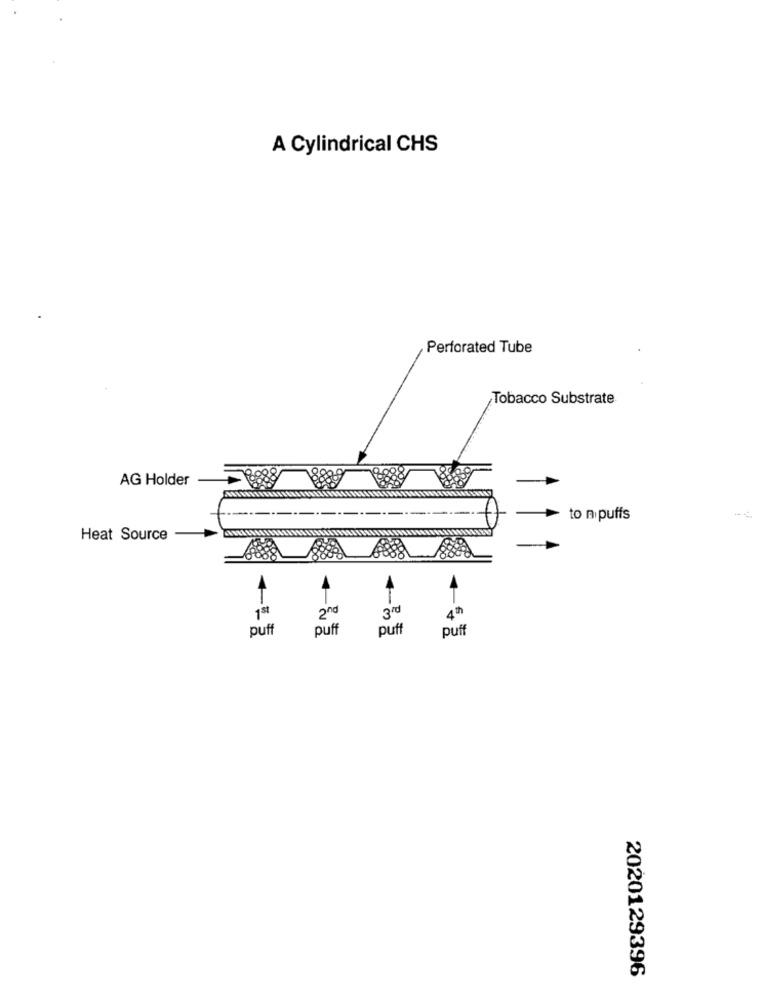
A Cylindrical CHS
Perforated Tube
Tobacco Substrate
AG Holder
to ni puffs
Heat Source
T
T
1st
2nd
3 rd
4th
puff
puff
puff
puff
2020129396